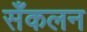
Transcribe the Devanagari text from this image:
सँकलन